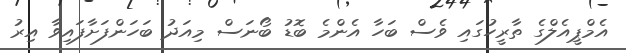
އެމްޕީއެލްގެ ތާރީހުގައި ވެސް ބަހާ އެންމެ ބޮޑު ބޯނަސް މިއަދު ބަހަންފަށާފައިވާ އިރު